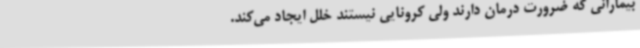
بیمارانی که ضرورت درمان دارند ولی کرونایی نیستند خلل ایجاد می‌کند.